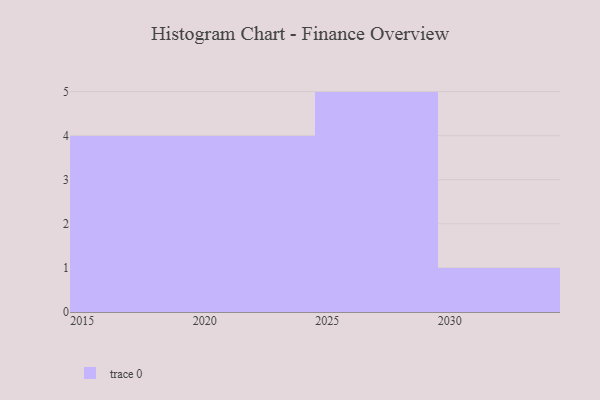
{"axis": {"x": "Year", "y": "Population (Million)"}, "legend": [""], "data": [{"x": "2023", "y": 30, "type": ""}, {"x": "2026", "y": 62, "type": ""}, {"x": "2017", "y": 8, "type": ""}, {"x": "2030", "y": 26, "type": ""}, {"x": "2027", "y": 16, "type": ""}, {"x": "2020", "y": 46, "type": ""}, {"x": "2021", "y": 55, "type": ""}, {"x": "2028", "y": 25, "type": ""}, {"x": "2029", "y": 84, "type": ""}, {"x": "2024", "y": 52, "type": ""}, {"x": "2019", "y": 32, "type": ""}, {"x": "2018", "y": 32, "type": ""}, {"x": "2025", "y": 51, "type": ""}, {"x": "2016", "y": 94, "type": ""}]}